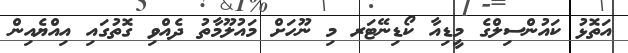
އަތޮޅު ކައުންސިލްގެ މީޑިއާ ކޯޑިނޭޓަރ މި ނޫހަށް މައުލޫމާތު ދެއްވި ގޮތުގައި އިއްޔެއިން